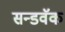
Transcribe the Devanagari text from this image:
सन्डवॅक